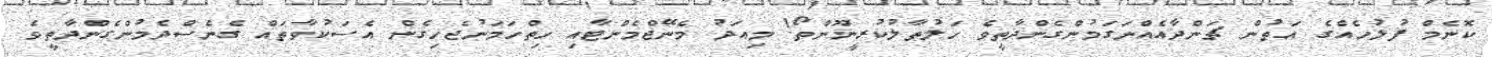
ކޮނެމް ފުލުހެއްގެ އަތުން ޗަންދާއެއްނަގަމުންގެންދާތީވެ ހަލުތާލުކުރީނޫންތޯ! މިއަދު މެނޭޖްމެންޓާއި ހިތްހަމަނުޖެހިގެން އެސަކުވާތައް ގެނެސްދެމުންގެންދާތީވެ